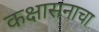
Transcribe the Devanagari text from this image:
कक्षासनाचा